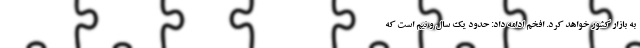
به بازار کشور خواهد کرد. افخم ادامه داد: حدود یک سال و نیم است که